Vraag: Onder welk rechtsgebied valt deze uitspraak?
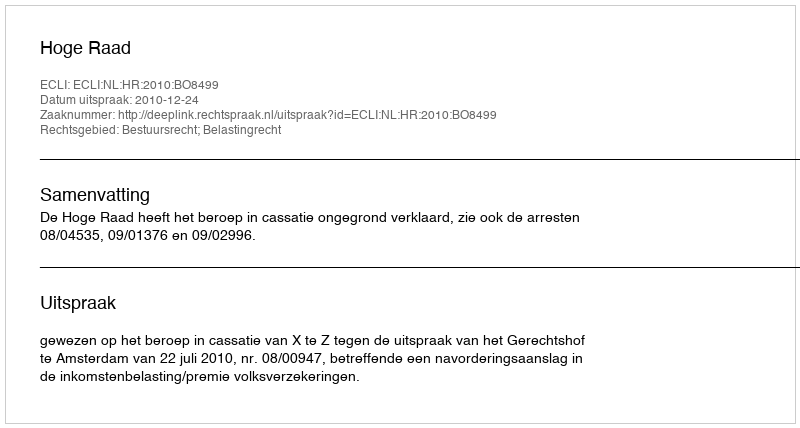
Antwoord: Bestuursrecht; Belastingrecht